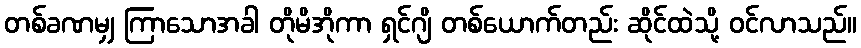
တစ်ခဏမျှ ကြာသောအခါ တိုမိအိုကာ ရှင်ဂျိ တစ်ယောက်တည်း ဆိုင်ထဲသို့ ဝင်လာသည်။